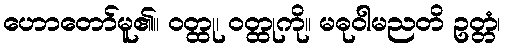
ဟောတော်မူ၏။ ဝတ္ထု၊ ဝတ္ထုကို။ မဓုဝါမညတိ ဥတ္တံ၊